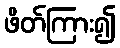
ဖိတ်ကြား၍